Summary of further report on surra
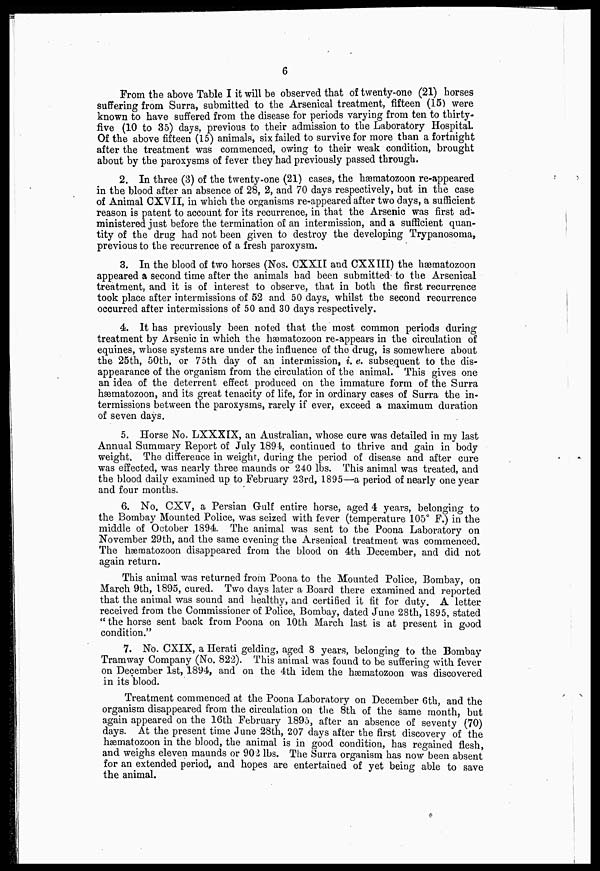
6
From the above Table I it will be observed that of twenty-one (21) horses
suffering from Surra, submitted to the Arsenical treatment, fifteen (15) were
known to have suffered from the disease for periods varying from ten to thirty-
five (10 to 35) days, previous to their admission to the Laboratory Hospital.
Of the above fifteen (15) animals, six failed to survive for more than a fortnight
after the treatment, was commenced, owing to their weak condition, brought
about by the paroxysms of fever they had previously passed through.
2. In three (3) of the twenty-one (21) cases, the hæmatozoon re-appeared
in the blood after an absence of 28, 2, and 70 days respectively, but in the case
of Animal CXVII, in which the organisms re-appeared after two days, a sufficient
reason is patent to account for its recurrence, in that the Arsenic was first ad-
ministered just before the termination of an intermission, and a sufficient quan-
tity of the drug had not been given to destroy the developing Trypanosoma,
previous to the recurrence of a fresh paroxysm.
3. In the blood of two horses (Nos. CXXII and CXXIII) the hæmatozoon
appeared a second time after the animals had been submitted to the Arsenical
treatment, and it is of interest to observe, that in both the first recurrence
took place after intermissions of 52 and 50 days, whilst the second recurrence
occurred after intermissions of 50 and 30 days respectively.
4. It has previously been noted that the most common periods during
treatment by Arsenic in which the hæmatozoon re-appears in the circulation of
equines, whose systems are under the influence of the drug, is somewhere about
the 25th, 50th, or 75th day of an intermission, i. e. subsequent to the dis-
appearance of the organism from the circulation of the animal. This gives one
an idea of the deterrent effect produced on the immature form of the Surra
hæmatozoon, and its great tenacity of life, for in ordinary cases of Surra the in-
termissions between the paroxysms, rarely if ever, exceed a maximum duration
of seven days.
5. Horse No. LXXXIX, an Australian, whose cure was detailed in my last
Annual Summary Report of July 1894, continued to thrive and gain in body
weight. The difference in weight, during the period of disease and after cure
was effected, was nearly three maunds or 240 lbs. This animal was treated, and
the blood daily examined up to February 23rd, 1895—a period of nearly one year
and four months.
6. No, CXV, a Persian G-ulf entire horse, aged 4 years, belonging to
the Bombay Mounted Police, was seized with fever (temperature 105° F.) in the
middle of October 1894 The animal was sent to the Poona Laboratory on
November 29th, and the same evening the Arsenical treatment was commenced.
The hæmatozoon disappeared from the blood on 4th December, and did not
again return.
This animal was returned from Poona to the Mounted Police, Bombay, on
March 9th, 1895, cured. Two days later a Board there examined and reported
that the animal was sound and healthy, and certified it fit for duty. A letter
received from the Commissioner of Police, Bombay, dated June 28th, 1895, stated
" the horse sent back from Poona on 10th March last is at present in good
condition."
7. No. CXIX, a Herati gelding, aged 8 years, belonging to the Bombay
Tramway Company (No. 822). This animal was found to be suffering with fever
on December 1st, 1894, and on the 4th idem the hæmatozoon was discovered
in its blood.
Treatment commenced at the Poona Laboratory on December 6th, and the
organism disappeared from the circulation on the 8th of the same month, but
again appeared on the 16th February 1895, after an absence of seventy (70)
days. At the present time June 28th, 207 days after the first discovery of the
hæmatozoon in the blood, the animal is in good condition, has regained flesh,
and weighs eleven maunds or 902 lbs. The Surra organism has now been absent
for an extended period, and hopes are entertained of yet being able to save
the animal.